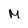
Character: M